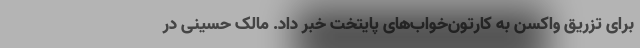
برای تزریق واکسن به کارتون‌خواب‌های پایتخت خبر داد. مالک حسینی در